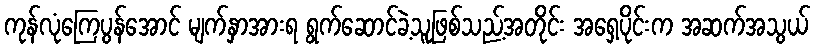
ကုန်လုံကြေပွန်အောင် မျက်နှာအားရ ရွက်ဆောင်ခဲ့သူဖြစ်သည့်အတိုင်း အရှေ့ပိုင်းက အဆက်အသွယ်